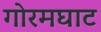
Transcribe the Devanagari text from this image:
गोरमघाट